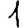
Digit: 1